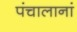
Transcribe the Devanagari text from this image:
पंचालानां